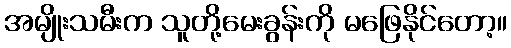
အမျိုးသမီးက သူတို့မေးခွန်းကို မဖြေနိုင်တော့။